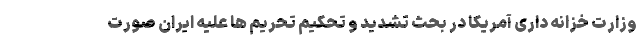
وزارت خزانه داری آمریکا در بحث تشدید و تحکیم تحریم ها علیه ایران صورت